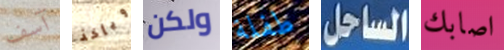
آسف ويأخذ ولكن طفلة الساحل اصابك